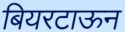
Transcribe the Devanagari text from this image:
बियरटाऊन